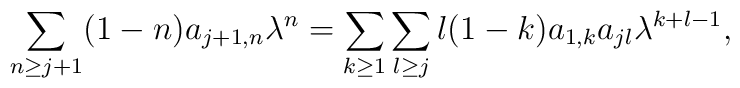
\sum_{n\geq j+1}(1-n)a_{j+1, n}\lambda^{n}=\sum_{k\geq 1}\sum_{l\geq j}l(1-k) a_{1,k}a_{jl}\lambda^{k+l-1},